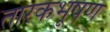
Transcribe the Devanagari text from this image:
तारकभूषण